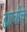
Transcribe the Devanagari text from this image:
ह्याचीच